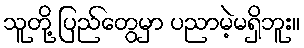
သူတို့ ပြည်တွေမှာ ပညာမဲ့မရှိဘူး။